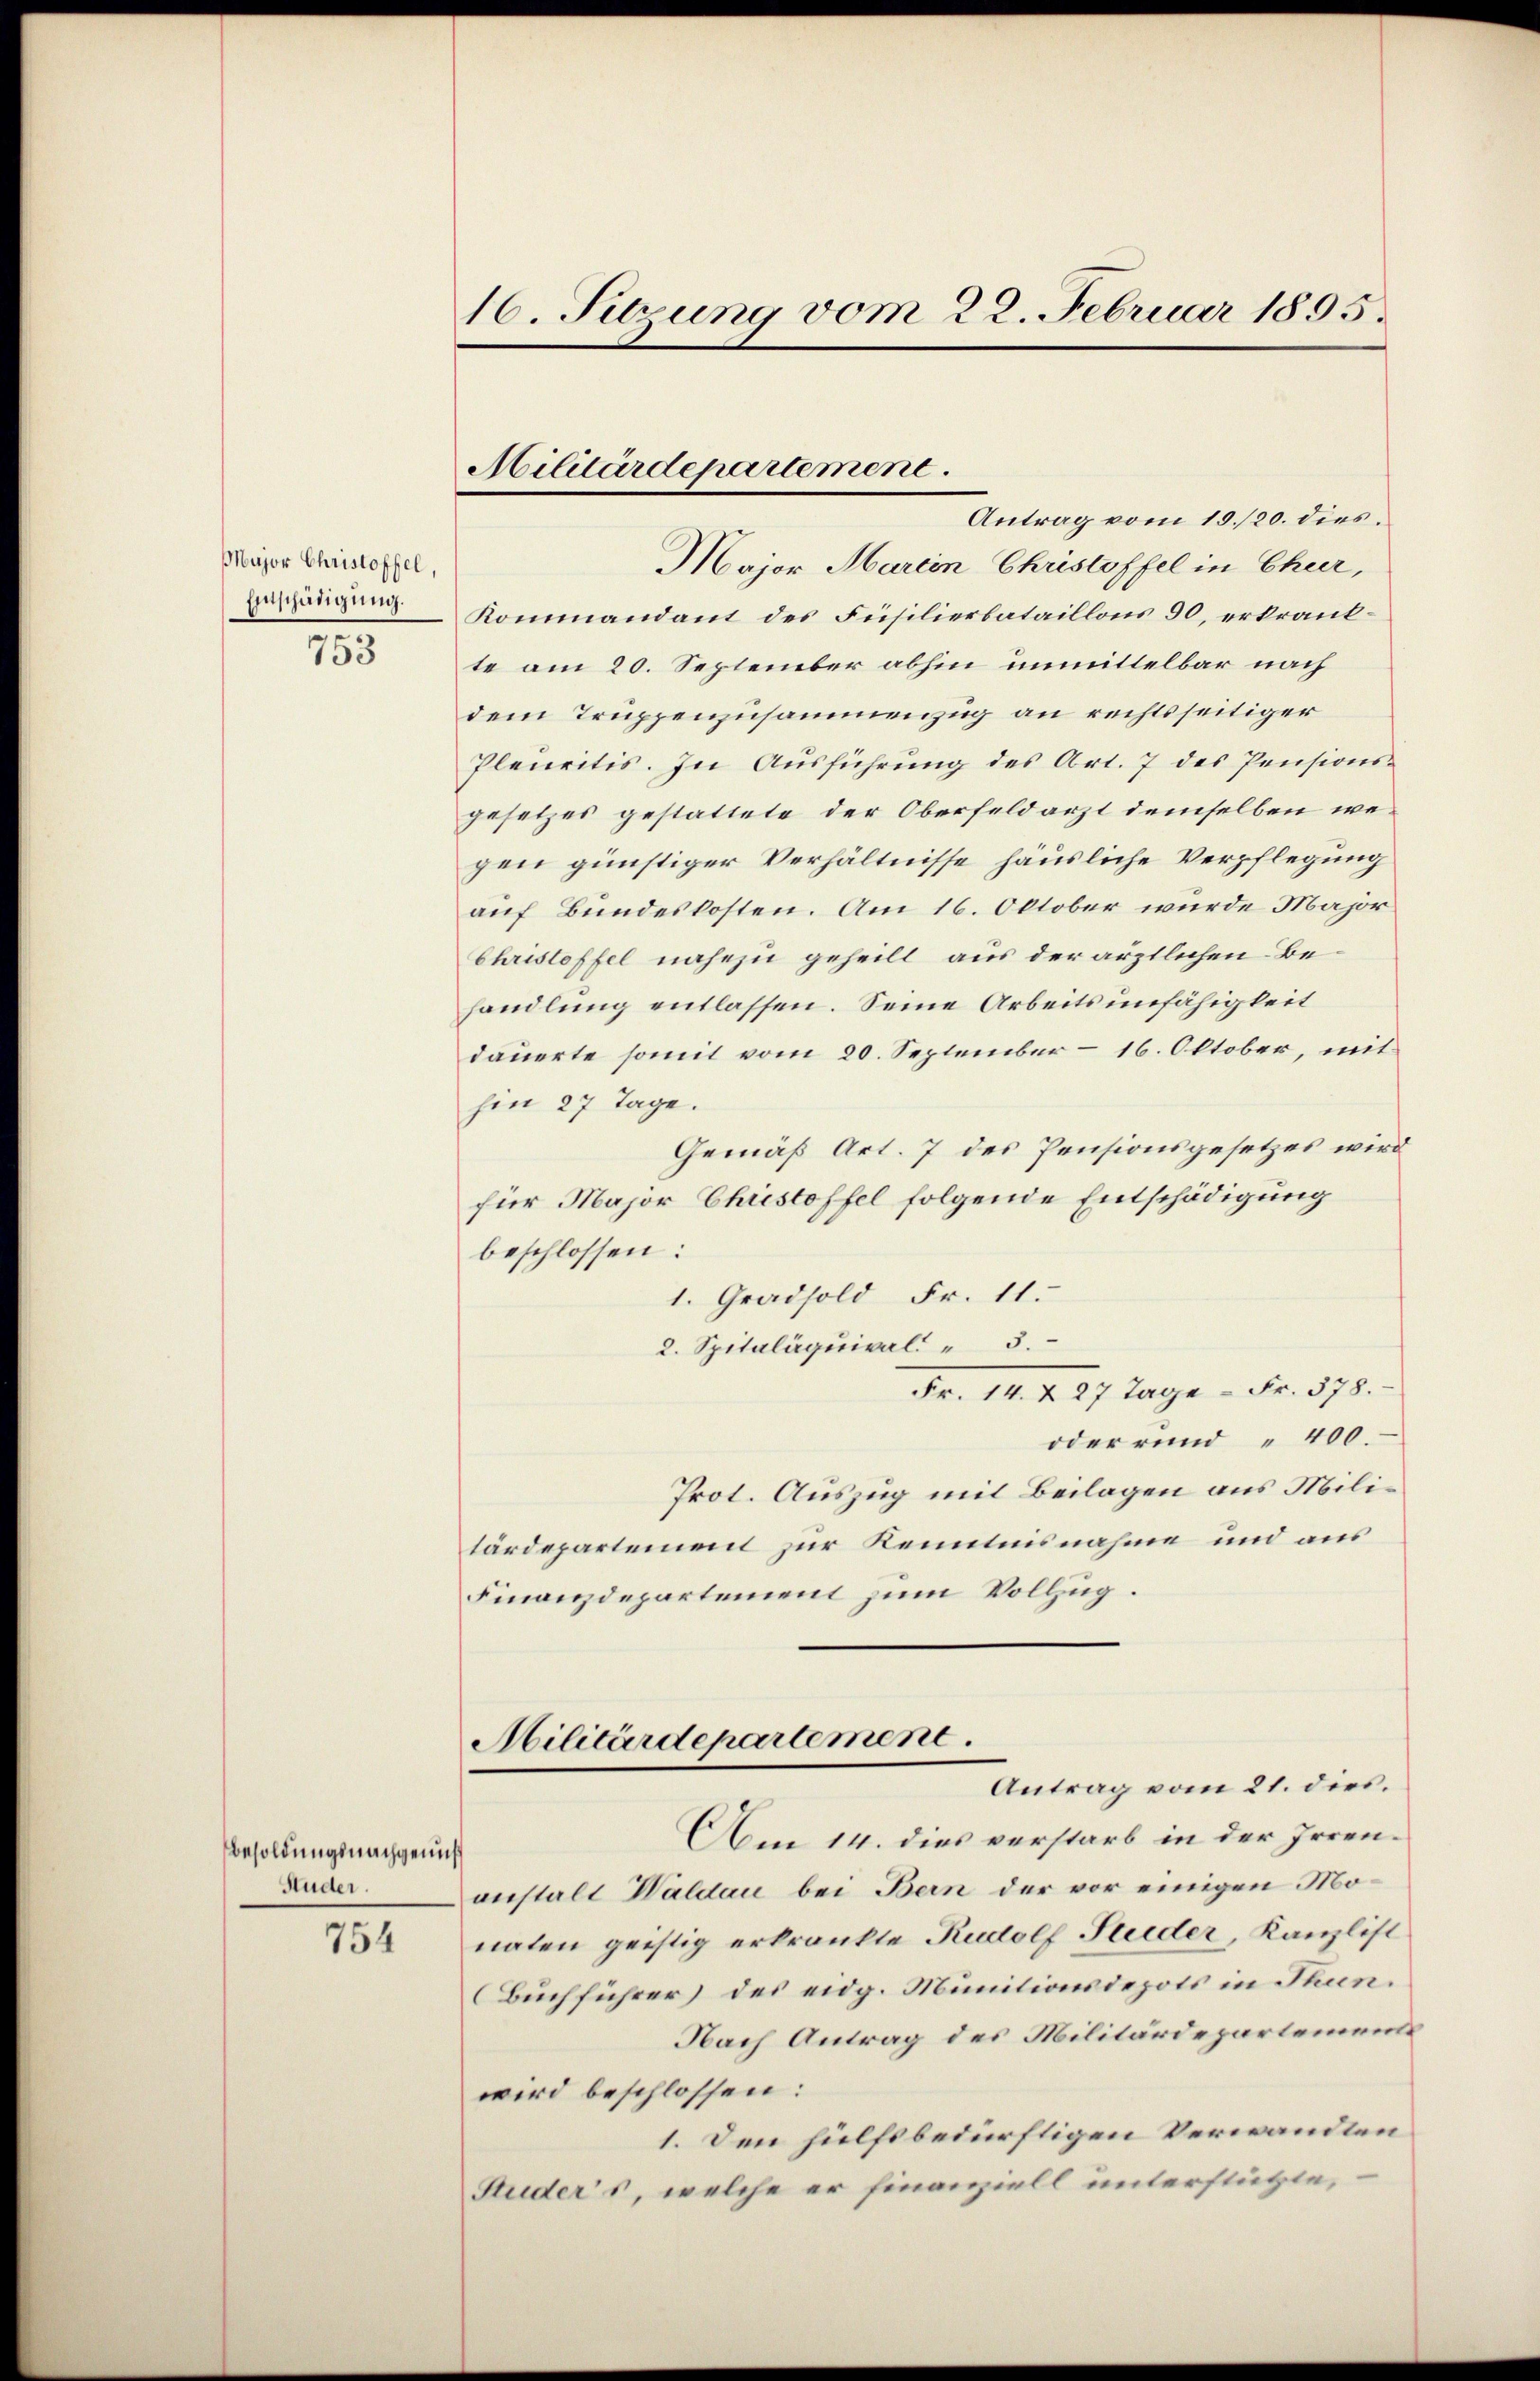
Major Christoffel,
Ennschädigung.

753

Besoldungsnachgenuß
Studer.

754

16. Sitzung vom 22. Februar 1895.

Antrag vom 10./20. dies
Major Martin Christoffel in Cheer,
Kommandant des Füsilierbataillons 90, erkrankte am 20. September abhin unmittelbar nach
dem Truppenzusammenzug an rechtsseitiger
Plenritis. In Ausführung des Art. 7 des Pensions-
gesetzes gestattete der Oberfeldarzt demselben wegen günstiger Verhältnisse häusliche Verpflegung
auf Bundeskosten. Am 16. Oktober wurde Major
Christoffel nahezu geheilt aus der ärztlichen Behandlung entlassen. Seine Arbeitsunfähigkeit
dauerte somit vom 20. September – 16. Oktober, mit
hen 27 Tage.
Gemäß Art. 7 des Pensionsgesetzes wird
für Major Chiestoffel folgende Entschädigung
beschlossen:
1. Gradsold Fr. 11.
2. Spitaläquival " 3.
Fr. 14. 227 Tage - Fr. 378.
oder rund " 400.
Prot. Auszug mit Beilagen aus Militärdepartement zur Kenntnisnahme und aus
Finanzdepartement zum Vollzug.

Militärdepartement.

Militärdepartement.
Antrag vom 21. dies.
Am 14. dies verstarb in der Irren¬

anstalt Waldau bei Bern der vor einigen Monaten geistig erkrankte Rudolf Studer, Kanzlist
(Buchführer) des eidg. Munitionsdepots in Thun.
Nach Antrag des Militärdepartement
wird beschlossen:
1. Den hülfsbedürftigen Verwandten
Studers, welche er finanziell unterstützte,